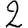
Digit: 2